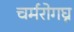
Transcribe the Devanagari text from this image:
चर्मरोगघ्न